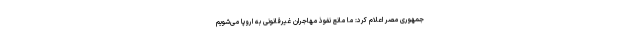
جمهوری مصر اعلام کرد: ما مانع نفوذ مهاجران غیرقانونی به اروپا می‌شویم